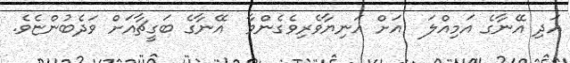
އަދި އޭނާގެ އަމިއްލަ  އަށް އަނިޔާވެރިވެގެންވާ  އޭނާގެ ބަގީޗާއަށް ވަދެބުންޏެވެ.